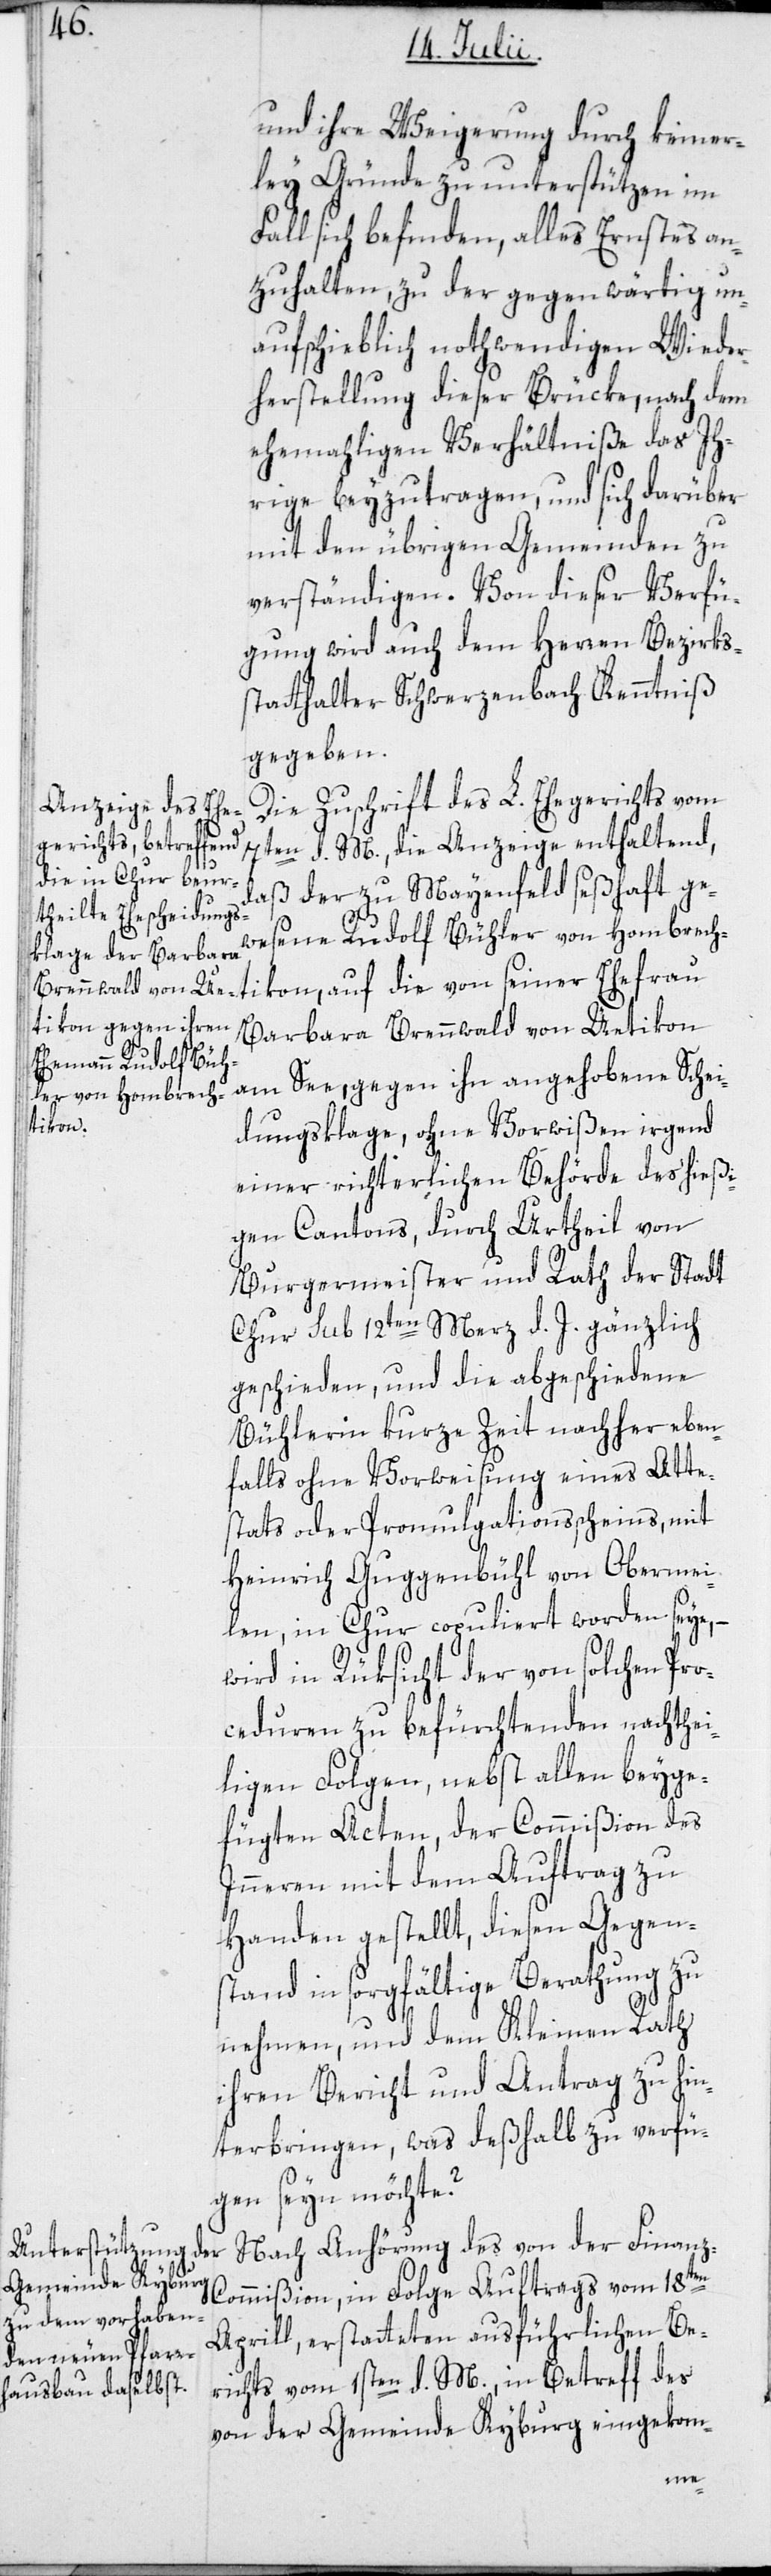
und ihre Weigerung durch keiner¬
ley Gründe zu unterstützen im
Fall sich befinden, alles Ernstes an¬
zuhalten, zu der gegenwärtig un¬
aufschieblich nothwendigen Wieder¬
herstellung dieser Brücke, nach dem
ehemahligen Verhältniße das Ih¬
rige beyzutragen, und sich darüber
mit den übrigen Gemeinden zu
verständigen. Von dieser Verfü¬
gung wird auch dem Herren Bezirks¬
statthalter Schwerzenbach Kenntniß
gegeben.
Die Zuschrift des L. Ehegerichts vom
7ten d. M., die Anzeige enthaltend,
daß der zu Mayenfeld seßhaft ge¬
wesene Rudolf Bühler von Hombrech¬
Barbara Brennwald von Uetikon
am See, gegen ihn angehobene Schei¬
tikon,
dungsklage, ohne Vorwißen irgend
einer richterlichen Behörde des hießi¬
gen Cantons, durch Urtheil von
Burgermeister und Rath der Stadt
Chur sub 12ten Merz d. J. gänzlich
geschieden, und die abgeschiedene
Bühlerin kurze Zeit nachher eben¬
falls ohne Vorweisung eines Atte¬
stats oder Promulgationsscheins, mit
Heinrich Guggenbühl von Obermei¬
len, in Chur copuliert worden seye, –
wird in Rüksicht der von solchen Pro¬
ceduren zu befürchtenden nachthei¬
ligen Folgen, nebst allen beyge¬
fügten Acten, der Commißion des
Inneren mit dem Auftrag zu
Handen gestellt, diesen Gegen¬
stand in sorgfältige Berathung zu
nehmen, und dem Kleinen Rath
ihren Bericht und Antrag zu hin¬
terbringen, was deßhalb zu verfü¬
gen seyn möchte?
Nach Anhörung des von der Finan¬
z-Commißion, in Folge Auftrags vom 18ten
Aprill, erstatteten ausführlichen Be¬
richts vom 1sten d. M., in Betreff des
von der Gemeinde Kyburg eingekom-
seiner